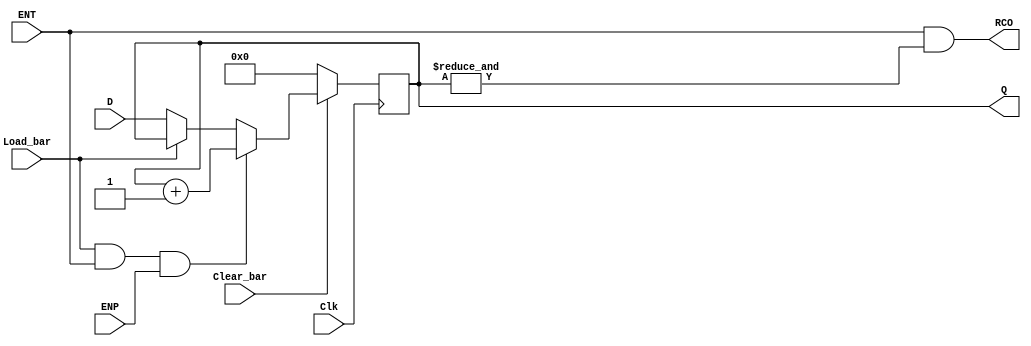
// 4-bit modulo 16 binary counter with parallel load, synchronous clear

module ttl_74163 #(parameter WIDTH = 4, DELAY_RISE = 0, DELAY_FALL = 0)
(
  input Clear_bar,
  input Load_bar,
  input ENT,
  input ENP,
  input [WIDTH-1:0] D,
  input Clk,
  output RCO,
  output [WIDTH-1:0] Q
);

//------------------------------------------------//
wire RCO_current;
reg [WIDTH-1:0] Q_current;
wire [WIDTH-1:0] Q_next;

assign Q_next = Q_current + 1;

always @(posedge Clk)
begin
  if (!Clear_bar)
  begin
    Q_current <= {WIDTH{1'b0}};
  end
  else
  begin
    if (!Load_bar)
    begin
      Q_current <= D;
    end

    if (Load_bar && ENT && ENP)
    begin
      Q_current <= Q_next;
    end
  end
end

// output
assign RCO_current = ENT && (&Q_current);

//------------------------------------------------//

assign #(DELAY_RISE, DELAY_FALL) RCO = RCO_current;
assign #(DELAY_RISE, DELAY_FALL) Q = Q_current;

endmodule